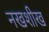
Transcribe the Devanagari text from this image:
नखशीख